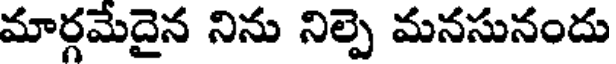
మార్గమేదైన నిను నిల్పె మనసునందు